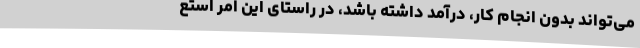
می‌تواند بدون انجام کار، درآمد داشته باشد، در راستای این امر استع